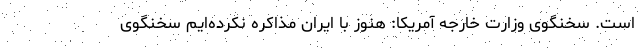
است. سخنگوی وزارت خارجه آمریکا: هنوز با ایران مذاکره نکرده‌ایم سخنگوی